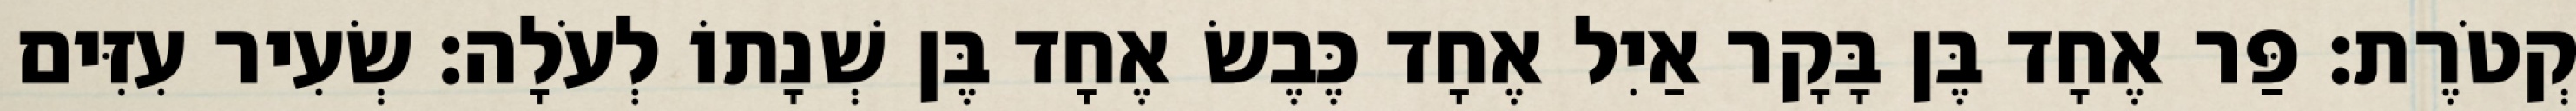
קְטֹרֶת׃ פַּר אֶחָד בֶּן בָּקָר אַיִל אֶחָד כֶּבֶשׂ אֶחָד בֶּן שְׁנָתוֹ לְעֹלָה׃ שְׂעִיר עִזִּים